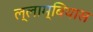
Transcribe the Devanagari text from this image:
ल्लाम्बियास